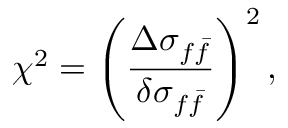
\chi ^ { 2 } = \left( \frac { \Delta \sigma _ { f \bar { f } } } { \delta \sigma _ { f \bar { f } } } \right) ^ { 2 } ,